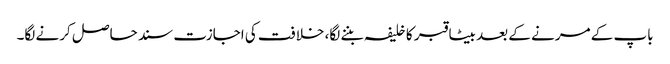
باپ کے مرنے کے بعد بیٹا قبر کا خلیفہ بننے لگا، خلافت کی اجازت سند حاصل کرنے لگا۔